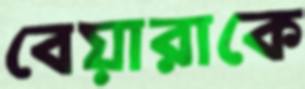
বেয়ারাকে